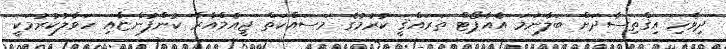
ދިވެހި އިޤްތިސާދަށް ބަލާނަމަ އެއާޕޯޓް ތަރައްޤީ ކުރުމުގެ މަސައްކަތް ޖީއެމްއާރާ ކުންފުންޏާއި ހަވާލުކުރުމަކީ